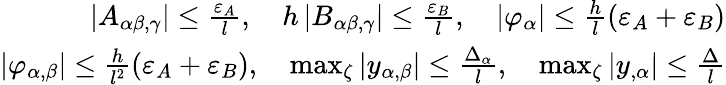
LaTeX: \begin{array}{r}{\left|A_{\alpha\beta,\gamma}\right|\le\frac{\varepsilon_{A}}{l},\quad h\left|B_{\alpha\beta,\gamma}\right|\le\frac{\varepsilon_{B}}{l},\quad\left|\varphi_{\alpha}\right|\le\frac{h}{l}(\varepsilon_{A}+\varepsilon_{B})}\\ {\left|\varphi_{\alpha,\beta}\right|\le\frac{h}{l^{2}}(\varepsilon_{A}+\varepsilon_{B}),\quad\operatorname*{max}_{\zeta}\left|y_{\alpha,\beta}\right|\le\frac{\Delta_{\alpha}}{l},\quad\operatorname*{max}_{\zeta}\left|y_{,\alpha}\right|\le\frac{\Delta}{l}}\end{array}